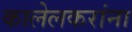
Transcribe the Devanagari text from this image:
कालेलकरांना